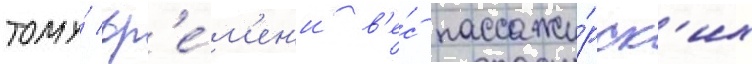
тому́ вр'е́м'ен'и в'е́с пассажи́рск'их